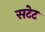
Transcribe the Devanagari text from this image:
सटेट